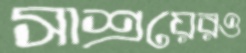
সাশ্রয়েরও